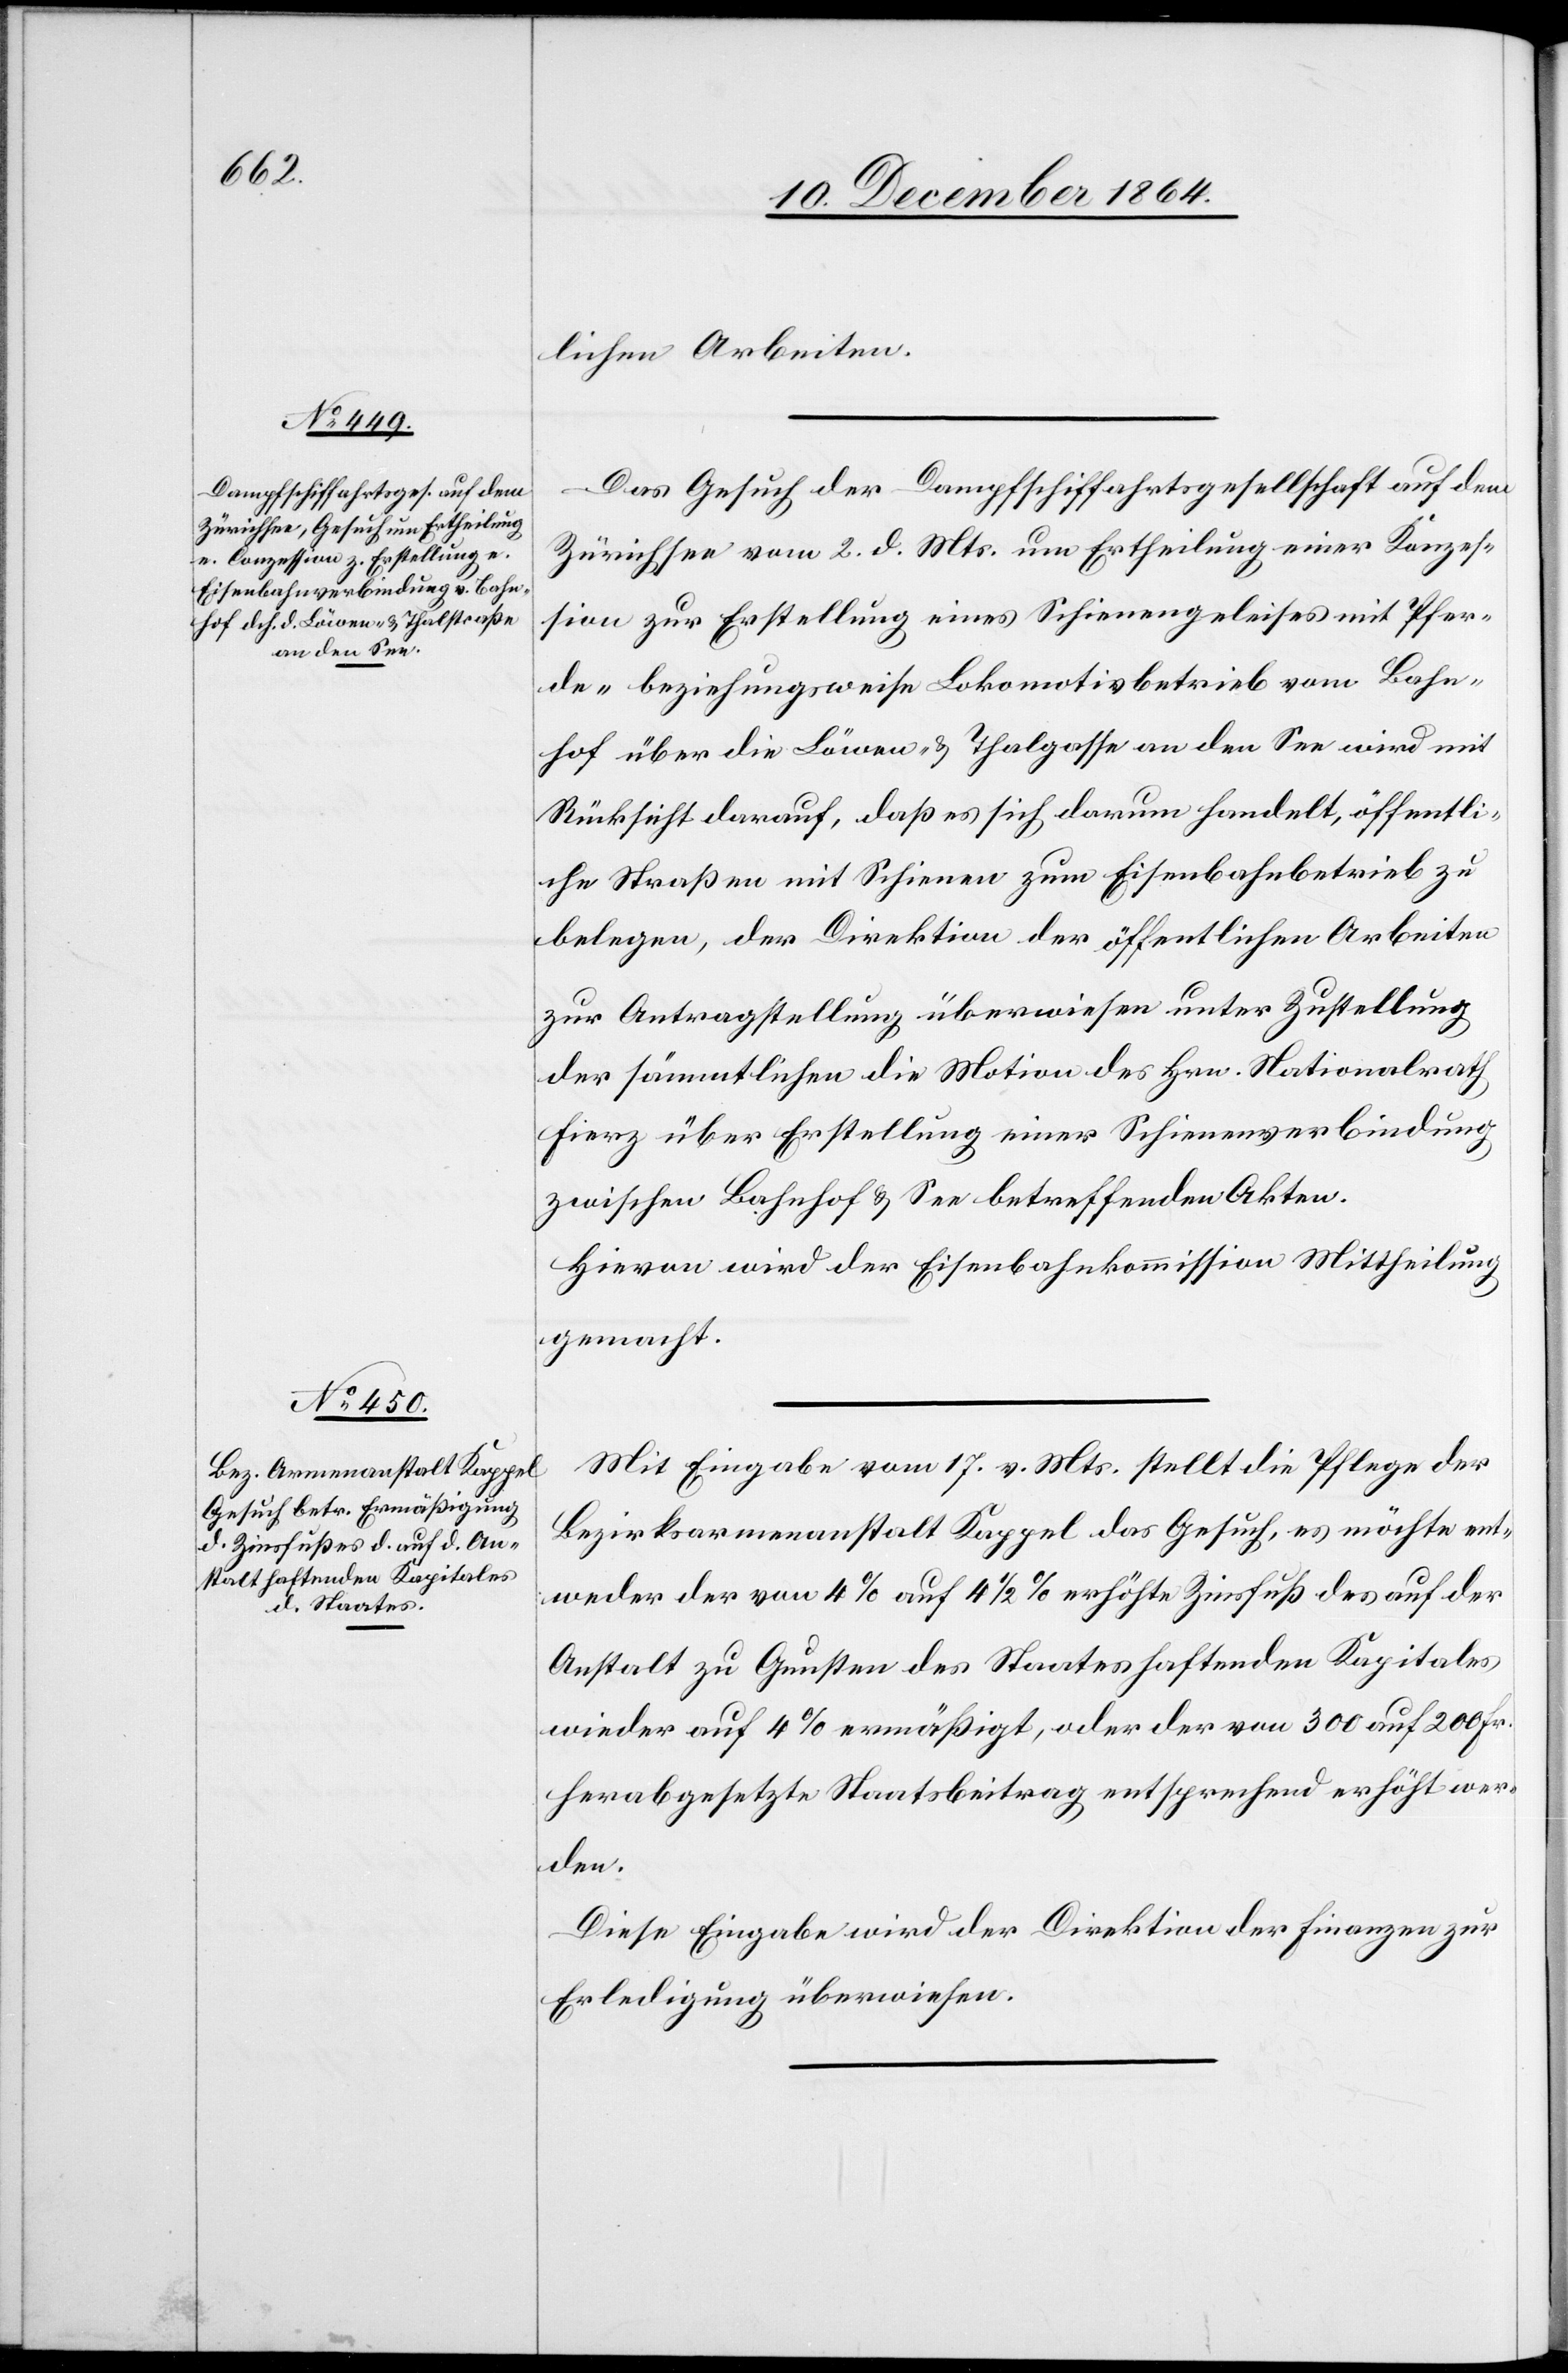
lichen Arbeiten.
Das Gesuch der Dampfschiffahrtsgesellschaft auf dem
Zürichsee vom 2. d. Mts. um Ertheilung einer Konzes¬
sion zur Erstellung eines Schienengeleises mit Pfer¬
de- beziehungsweise Lokomotivbetrieb vom Bahn¬
hof über die Löwen- & Thalgasse an den See wird mit
Rücksicht darauf, daß es sich darum handelt, öffentli¬
che Straßen mit Schienen zum Eisenbahnbetrieb zu
belegen, der Direktion der öffentlichen Arbeiten
zur Antragstellung überwiesen unter Zustellung
der sämmtlichen die Motion des Hrn. Nationalrath
Fierz über Erstellung einer Schienenverbindung
zwischen Bahnhof & See betreffenden Akten.
Hievon wird der Eisenbahnkommission Mittheilung
gemacht.
Mit Eingabe vom 17. v. Mts. stellt die Pflege der
Bezirksarmenanstalt Kappel das Gesuch, es möchte ent¬
weder der von 4% auf 4 1/2% erhöhte Zinsfuß des auf der
Anstalt zu Gunsten des Staates haftenden Kapitales
wieder auf 4% ermäßigt, oder der von 300 auf 200 Fr.
herabgesetzte Staatsbeitrag entsprechend erhöht wer¬
den.
Diese Eingabe wird der Direktion der Finanzen zur
Erledigung überwiesen.